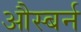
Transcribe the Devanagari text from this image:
औस्बर्न